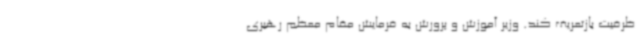
ظرفیت بازتعریف کند. وزیر آموزش و پرورش به فرمایش مقام معظم رهبری